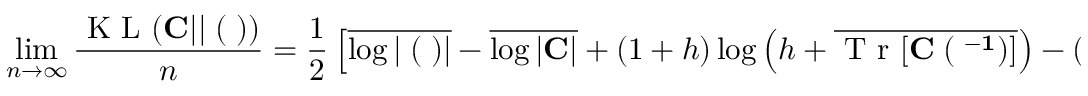
\operatorname* { l i m } _ { n \to \infty } \frac { \mathrm { ~ K ~ L ~ } ( { \bf C } | | { \bf \Xi } ( { \bf \Lambda } ) ) } { n } = \frac { 1 } { 2 } \left[ \overline { { \log | { \bf \Xi } ( { \bf \Lambda } ) | } } - \overline { { \log | { \bf C } | } } + ( 1 + h ) \log \left( h + \overline { { \mathrm { ~ T ~ r ~ } [ \bf { C \Xi } ( { \bf \Lambda } ^ { - 1 } ) ] } } \right) - ( 1 + h ) \log ( 1 + h ) \right]